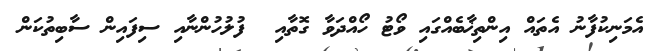
އެމަނިކުފާނު އެތައް އިންތިޚާބެއްގައި ވޯޓު ހޯއްދަވާ ގޮތާއި  ފުލުހުންނާއި ސިފައިން ސާބިތުކަން